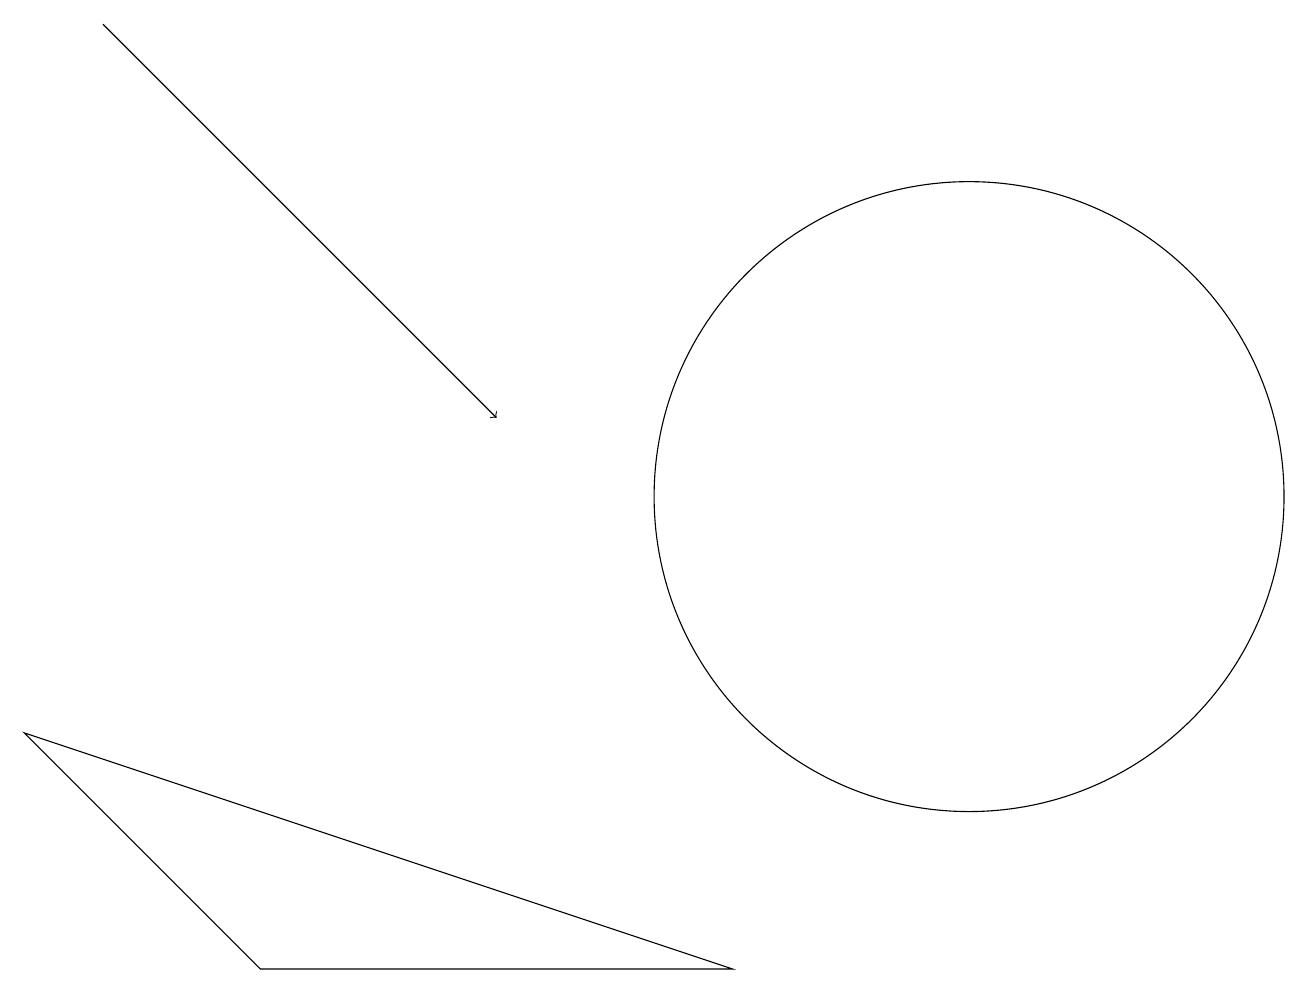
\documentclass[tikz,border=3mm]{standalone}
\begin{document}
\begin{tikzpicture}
\draw (0,8) -- (3,5) -- (9,5) -- cycle;
\draw[->] (1,17) -- (6,12);
\draw (12,11) circle (4);
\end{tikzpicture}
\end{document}